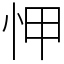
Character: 𢘉